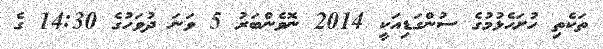
ތަކެތި ހުށަހެޅުމުގެ ސުންގަޑިއަކީ 2014 ނޮވެންބަރު 5 ވަނަ ދުވަހުގެ 14:30 ގެ